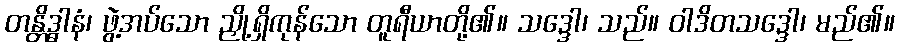
တန္တိဒ္ဓါနံ၊ ဖွဲ့အပ်သော ညှို့ရှိကုန်သော တူရီယာတို့၏။ သဒ္ဒေါ၊ သည်။ ဝါဒိတသဒ္ဒေါ၊ မည်၏။